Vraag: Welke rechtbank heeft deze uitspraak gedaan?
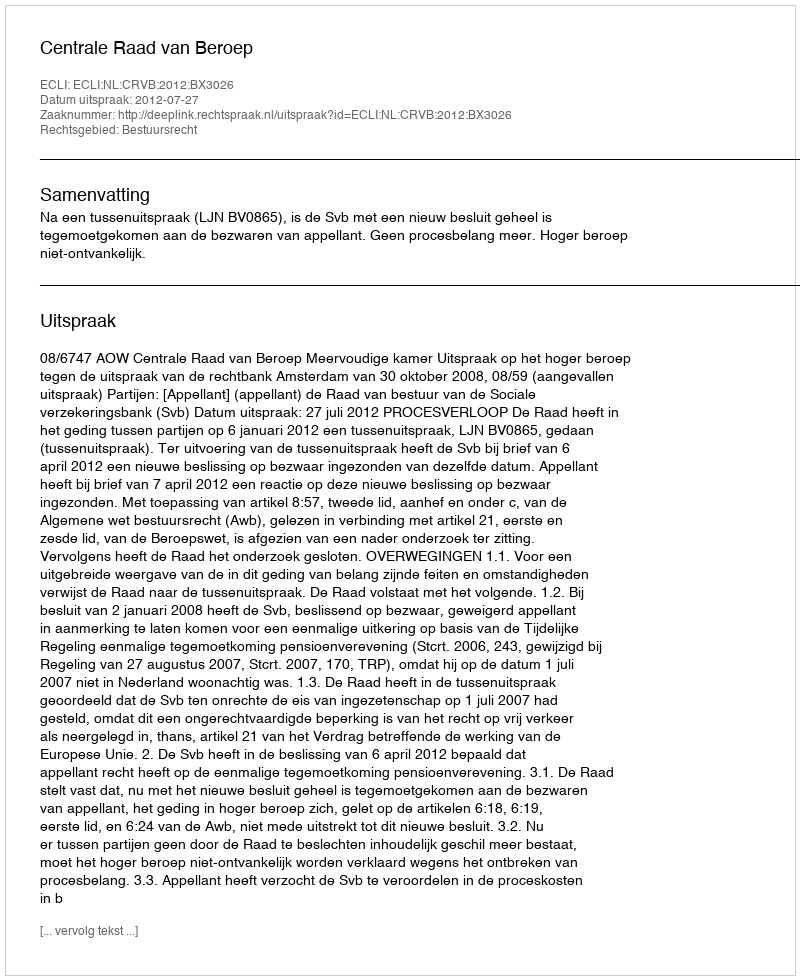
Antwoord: Centrale Raad van Beroep